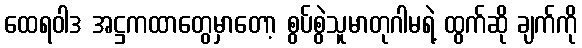
ထေရဝါဒ အဋ္ဌကထာတွေမှာတော့ စွပ်စွဲသူမာတုဂါမရဲ့ ထွက်ဆို ချက်ကို